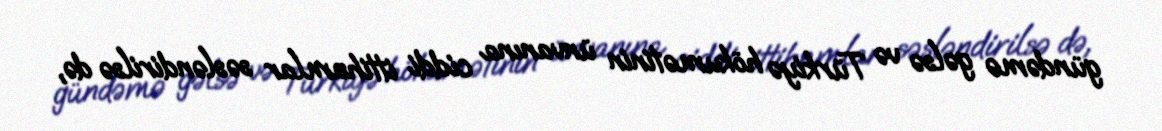
gündəmə gəlsə və Türkiyə hökumətinin ünvanına ciddi ittihamlar səsləndirilsə də,